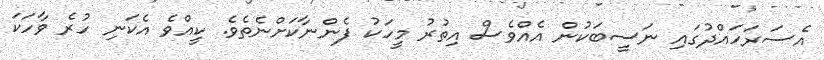
އެސަރަހައްދުގައި ނަސީބަކުން އެއްވެސް އިތުރު މީހަކު ފެންނާކަށްނެތެވެ. ކީއްވެ އެކަނި ހުރެ ވާހަކަ